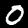
Digit: 0